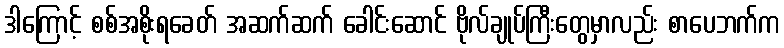
ဒါကြောင့် စစ်အစိုးရခေတ် အဆက်ဆက် ခေါင်းဆောင် ဗိုလ်ချုပ်ကြီးတွေမှာလည်း စာပေဘက်က